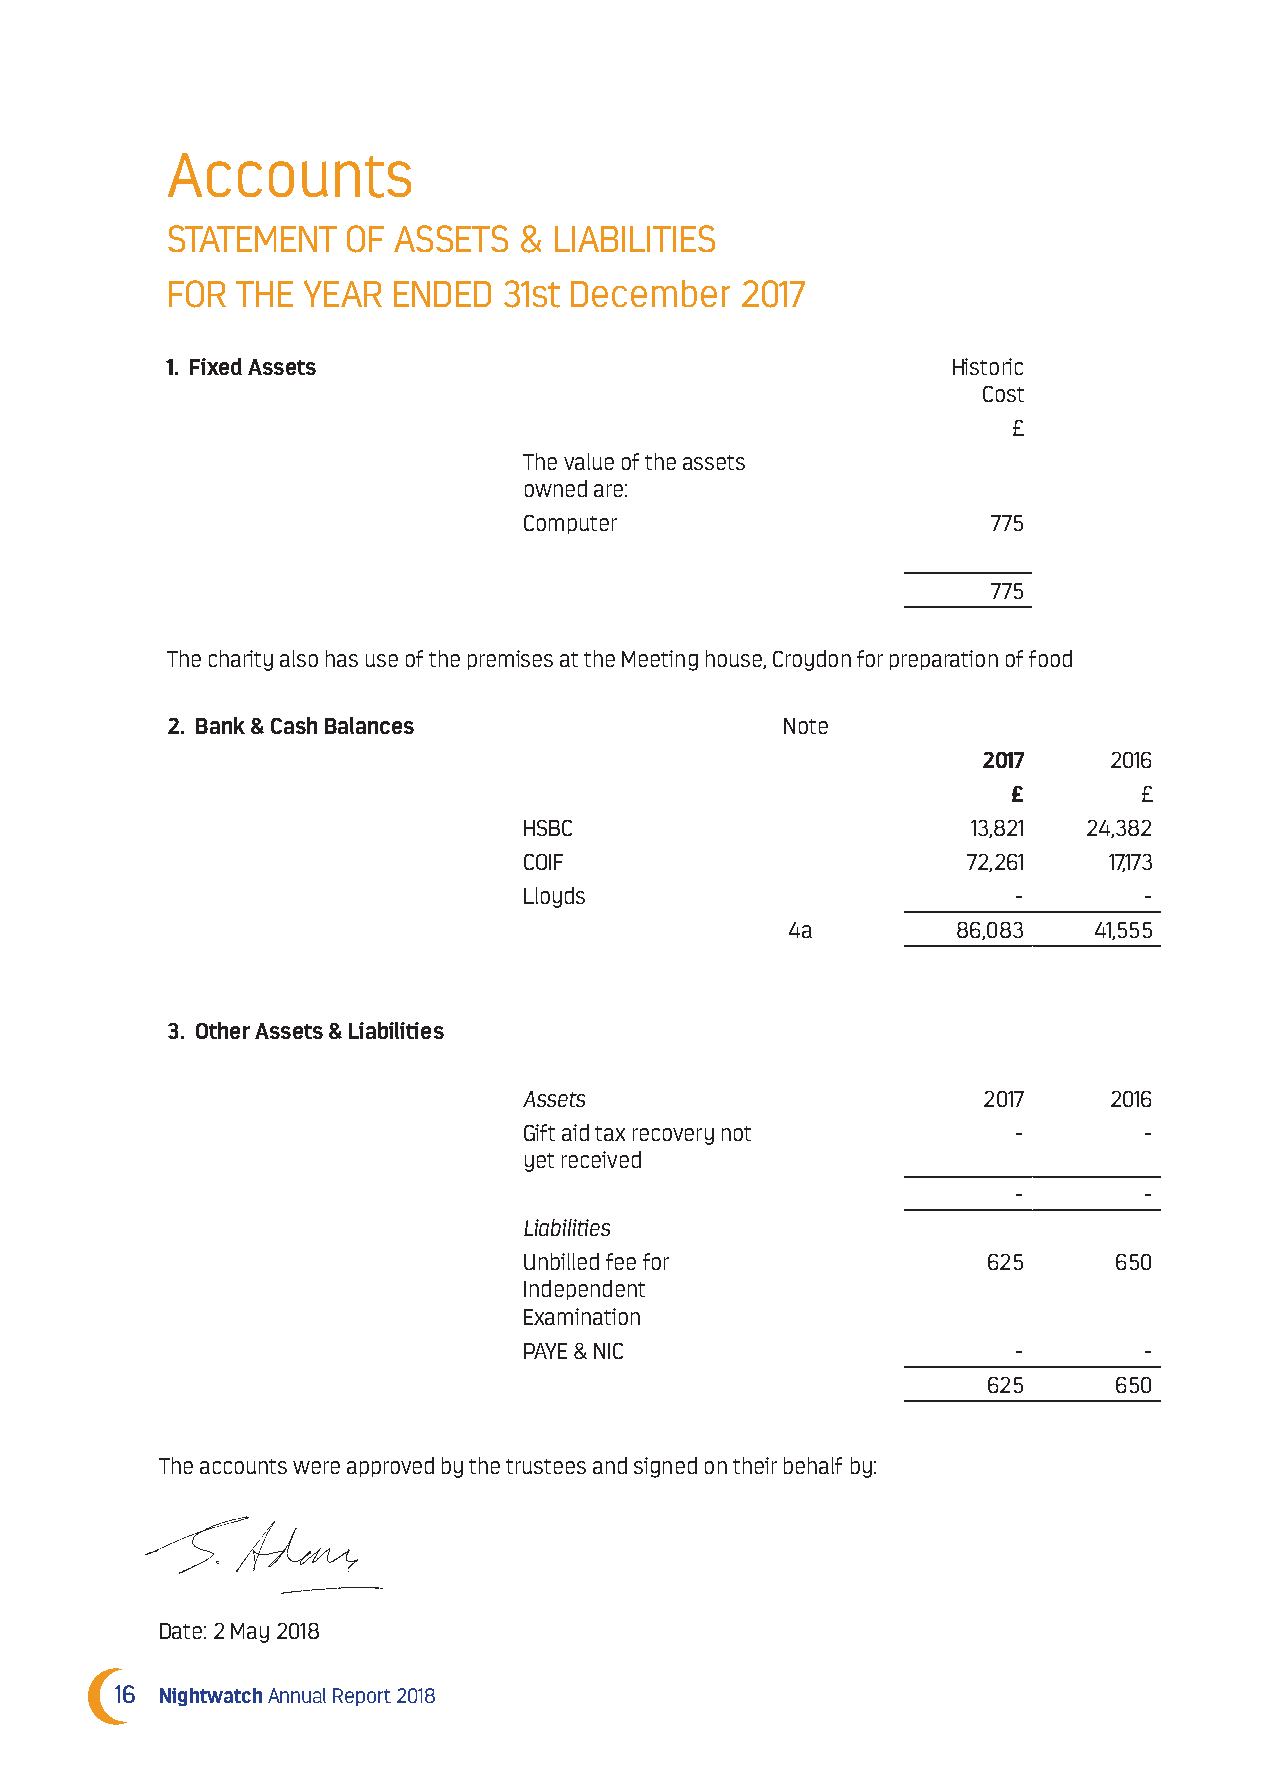
Accounts
 STATEMENT   OF ASSETS  &  LIABILITIES
 FOR  THE YEAR  ENDED  31st December   2017
 1. Fixed Assets                                     Historic
 Cost
 £
 The value of the assets
 owned are:
 Computer                       775
 775
 The charity also has use of the premises at the Meeting house, Croydon for preparation of food
 2. Bank & Cash Balances                  Note
 2017    2016
 £        £
 HSBC                         13,821  24,382
 COIF                         72,261   17,173
 Lloyds                          -        -
 4a         86,083   41,555
 3. Other Assets & Liabilities
 Assets                        2017    2016
 Gift aid tax recovery not       -        -
 yet received
 -        -
 Liabilities
 Unbilled fee for              625      650
 Independent
 Examination
 PAYE & NIC                      -        -
 625      650
 The accounts were approved by the trustees and signed on their behalf by:
 Date: 2 May 2018
 16 Nightwatch Annual Report 2018